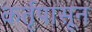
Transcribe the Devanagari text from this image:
कर्तृपासून